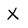
Character: X